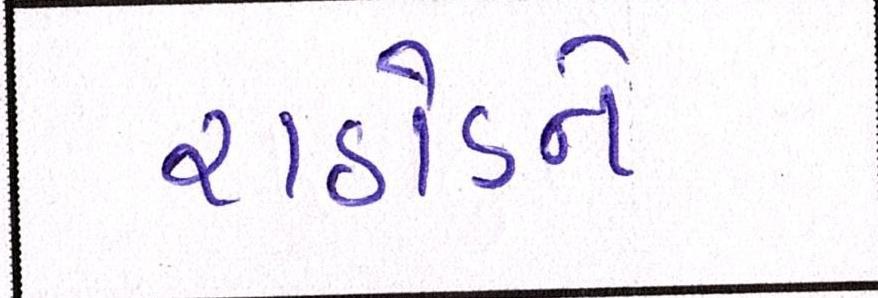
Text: રાઠોડને